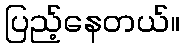
ပြည့်နေတယ်။